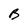
Character: B